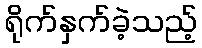
ရိုက်နှက်ခဲ့သည့်